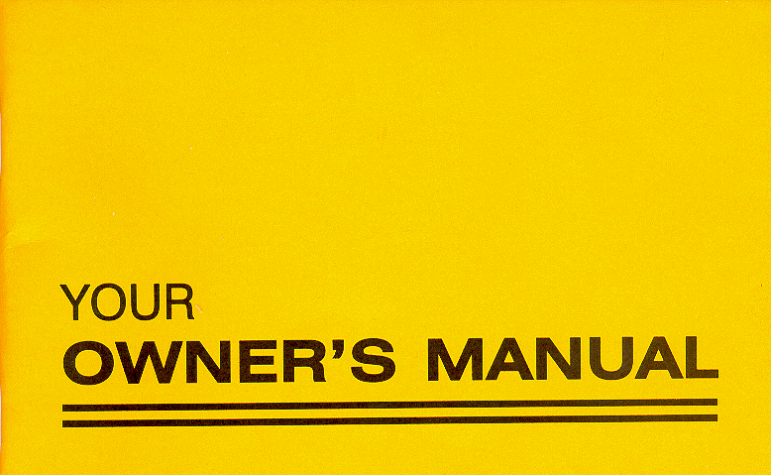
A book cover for Your Owner's Manual; Burt Hotchkiss; Self-Help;